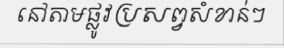
នៅតាមផ្លូវប្រសព្វសំខាន់ៗ